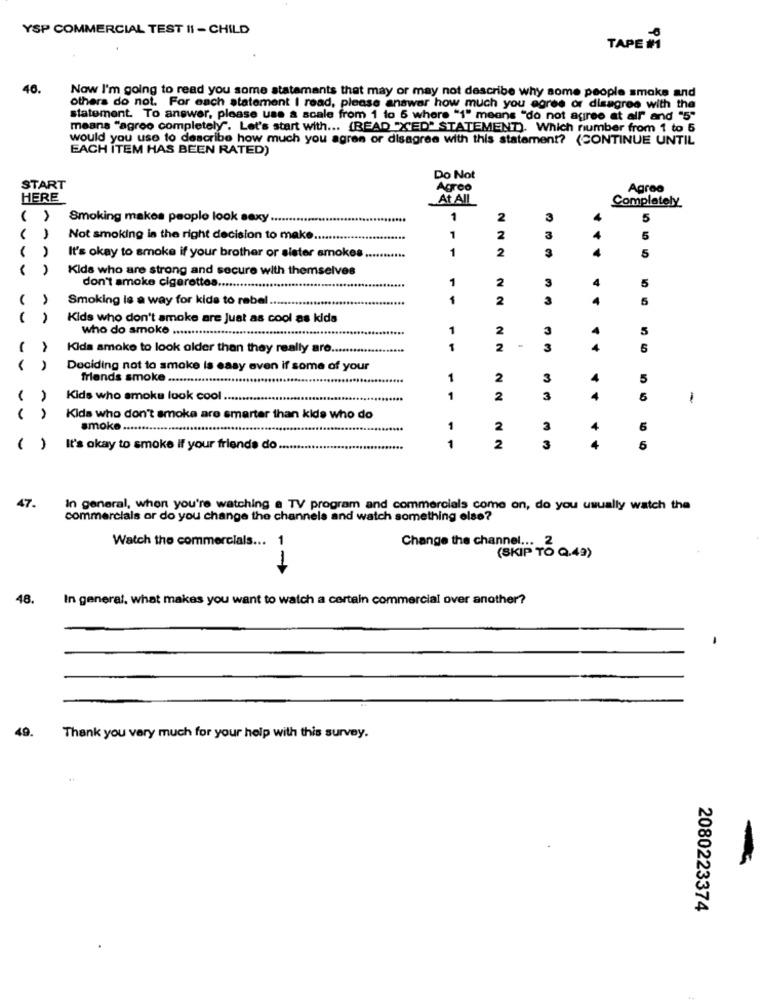
YSP COMMERCIAL TEST II - CHILD
TAPE M
46.
Now I'm going to read you some statamants that may or may not describe why some people smoke and
others do not. For each statement I read, please answer how much you agree or disagree with the
statement. To answer, please use a scale from 1 to 5 where "1" means "do not agree at all" and "5"
means "agroo completely". Let's start with ... (READ "ED" STATEMENT). Which number from 1 to 5
would you use to describe how much you agren or disagree with this statement? (CONTINUE UNTIL
EACH ITEM HAS BEEN RATED)
Do Not
START
Agreo
Agree
HERE
At All
Completely
( )
Smoking makes people look sexy ...
......
1
2
3
4
5
Not smoking is the right decision to make
1
2
3
4
5
1
2
3
5
It's okay to smoke if your brother or sister smokes ...........
Kids who are strong and secure with themselves
1
2
3
5
don't smoke cigarettes .....
Smoking le a way for kids to rebel.
2
3
5
Kids who don't smoke are Just as cool as kids
who do smoke ............
1
2
3
5
A
Kida smoke to look older than they really are.
1
2
3
4
5
A
Deciding not to smoke is easy even if some of your
friends smoke ..........
1
2
3
4
5
Kids who smoke look cool ..
1
2
3
4
5
1
A
Kids who don't smoke are smarter than kids who do
smoke .....
1
2
3
4
6
1
( )
It's okay to smoke if your friends do ...
2
3
5
47.
In general, when you're watching a TV program and commercials come on, do you usually watch the
commercials or do you change the channels and watch something else?
Watch the commercials ...
Change the channel ... 2
(SKIP TO Q.49)
--
48.
In general. what makes you want to watch a certain commercial over another?
-
49.
Thank you very much for your help with this survey.
2080223374